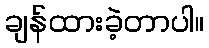
ချန်ထားခဲ့တာပါ။